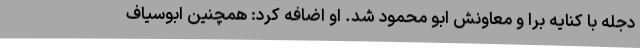
دجله با کنایه برا و معاونش ابو محمود شد. او اضافه کرد: همچنین ابوسیاف